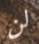
لن